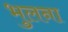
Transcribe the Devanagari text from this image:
भुलना